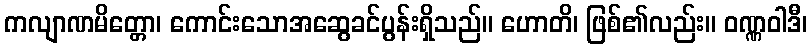
ကလျာဏမိတ္တော၊ ကောင်းသောအဆွေခင်ပွန်းရှိသည်။ ဟောတိ၊ ဖြစ်၏လည်း။ ဝဏ္ဏဝါဒီ၊